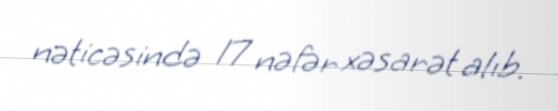
nəticəsində 17 nəfər xəsarət alıb.